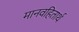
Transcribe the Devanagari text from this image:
मानवहितार्थ